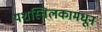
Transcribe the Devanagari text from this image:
यशस्तिलकामधून